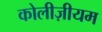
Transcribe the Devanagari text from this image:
कोलीज़ीयम